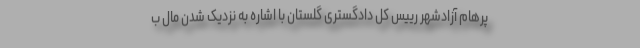
پرهام آزادشهر رییس کل دادگستری گلستان با اشاره به نزدیک شدن مال ب